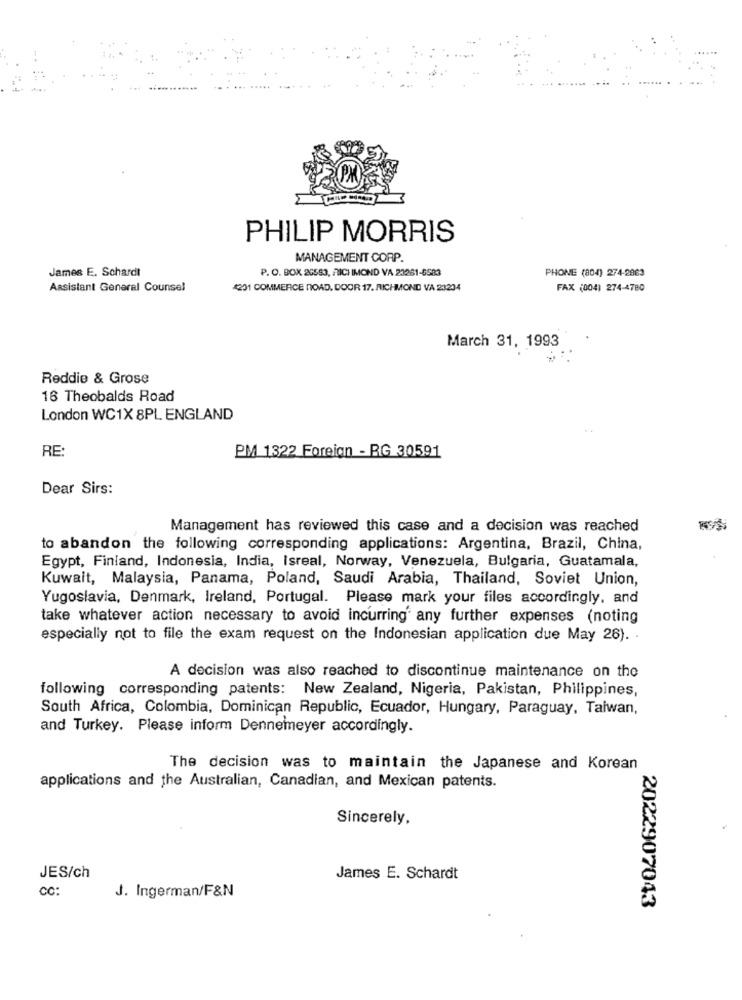
PHILIP MORRIS
MANAGEMENT CORP.
James E. Schardt
P. O. BOX 26583, FICI IMOND VA 23261-6583
PHONE (804) 274-2083
Assistant General Counsel
4231 COMMERCE NORD, DOOR 17, RICHMOND VA 23234
FAX (004) 274-4780
March 31, 1993
Reddie & Grose
16 Theobalds Road
London WC1X 8PL ENGLAND
RE
PM 1322 Foreign - BG 30591
Dear Sirs:
Management has reviewed this case and a decision was reached
to abandon the following corresponding applications: Argentina, Brazil, China,
Egypt, Finland, Indonesia, India, Isreal, Norway, Venezuela, Bulgaria, Guatamala,
Kuwait, Malaysia, Panama, Poland, Saudi Arabia, Thailand, Soviet Union,
Yugoslavia, Denmark, Ireland, Portugal. Please mark your files accordingly, and
take whatever action necessary to avoid incurring any further expenses (noting
especially not to file the exam request on the Indonesian application due May 26) ..
A decision was also reached to discontinue maintenance on the
following corresponding patents: New Zealand, Nigeria, Pakistan, Philippines,
South Africa, Colombia, Dominican Republic, Ecuador, Hungary, Paraguay, Taiwan,
and Turkey. Please inform Dennemeyer accordingly.
The decision was to maintain the Japanese and Korean
applications and the Australian, Canadian, and Mexican patents.
Sincerely,
JES/ch
James E. Schardt
CC:
J. Ingerman/F&N
2022907043